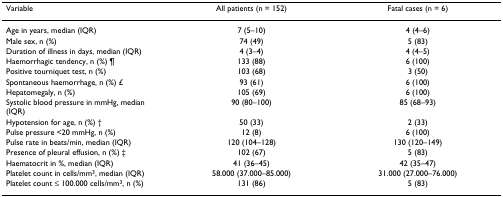
<table><thead><tr><td><b>Variable</b></td><td><b>All patients (n = 152)</b></td><td><b>Fatal cases (n = 6)</b></td></tr></thead><tbody><tr><td>Age in years, median (IQR)</td><td>7 (5–10)</td><td>4 (4–6)</td></tr><tr><td>Male sex, n (%)</td><td>74 (49)</td><td>5 (83)</td></tr><tr><td>Duration of illness in days, median (IQR)</td><td>4 (3–4)</td><td>4 (4–5)</td></tr><tr><td>Haemorrhagic tendency, n (%) ¶</td><td>133 (88)</td><td>6 (100)</td></tr><tr><td>Positive tourniquet test, n (%)</td><td>103 (68)</td><td>3 (50)</td></tr><tr><td>Spontaneous haemorrhage, n (%) £</td><td>93 (61)</td><td>6 (100)</td></tr><tr><td>Hepatomegaly, n (%)</td><td>105 (69)</td><td>6 (100)</td></tr><tr><td>Systolic blood pressure in mmHg, median (IQR)</td><td>90 (80–100)</td><td>85 (68–93)</td></tr><tr><td>Hypotension for age, n (%) †</td><td>50 (33)</td><td>2 (33)</td></tr><tr><td>Pulse pressure &lt;20 mmHg, n (%)</td><td>12 (8)</td><td>6 (100)</td></tr><tr><td>Pulse rate in beats/min, median (IQR)</td><td>120 (104–128)</td><td>130 (120–149)</td></tr><tr><td>Presence of pleural effusion, n (%) ‡</td><td>102 (67)</td><td>5 (83)</td></tr><tr><td>Haematocrit in %, median (IQR)</td><td>41 (36–45)</td><td>42 (35–47)</td></tr><tr><td>Platelet count in cells/mm<sup>3</sup>, median (IQR)</td><td>58.000 (37.000–85.000)</td><td>31.000 (27.000–76.000)</td></tr><tr><td>Platelet count ≤ 100.000 cells/mm<sup>3</sup>, n (%)</td><td>131 (86)</td><td>5 (83)</td></tr></tbody></table>